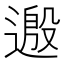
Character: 𫐺